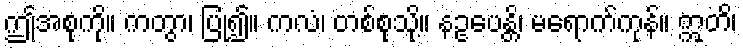
ဤအစုကို။ ကတွာ၊ ပြု၍။ ကလံ၊ တစ်စုသို့။ နဥပေန္တိ၊ မရောက်ကုန်။ ဣတိ၊